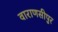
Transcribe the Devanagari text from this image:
वाराणसीपुर